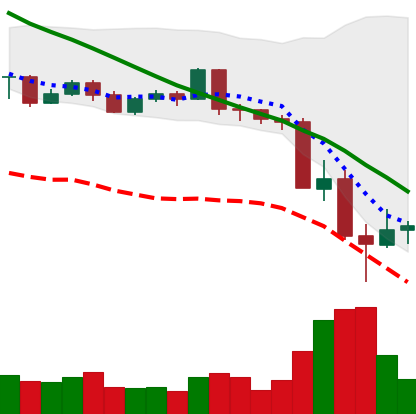
Ticker: LTC-USD
Chart end date: 2022-05-14
Forward return: 4.563%
Label: up_3_5